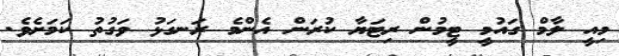
މިއީ ލާމް ގައުމީ ޓީމުން ރިޓަޔާ ކުރަން އެންމެ ރަނގަޅު ވަގުތު ކަމަށެވެ.